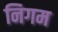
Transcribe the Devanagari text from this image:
निगम